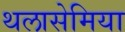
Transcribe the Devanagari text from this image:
थलासेमिया